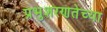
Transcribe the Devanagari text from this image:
प्रभुशरणतेच्या